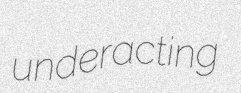
underacting